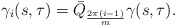
\begin{align*}\gamma_i(s,\tau) = \bar{Q}_{\frac{2\pi(i-1)}{m}}\gamma(s,\tau).\end{align*}